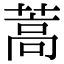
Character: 蒿